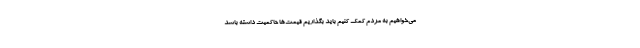
می‌خواهیم به مردم کمک کنیم باید بگذاریم قیمت‌ها حاکمیت داشته باشد